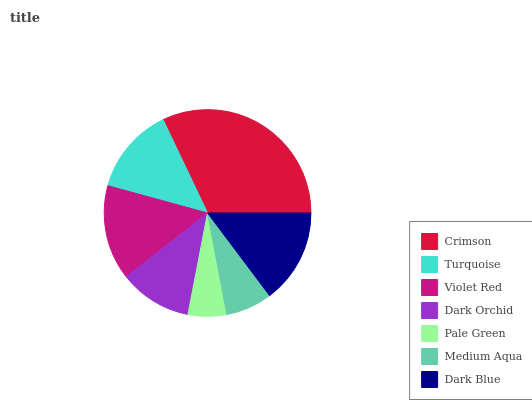
| Crimson | Turquoise | Violet Red | Dark Orchid | Pale Green | Medium Aqua | Dark Blue |
 | --- | --- | --- | --- | --- | --- | --- |
 | 32.1% | 13.7% | 14.8% | 11.4% | 6.01% | 7.27% | 14.7% |